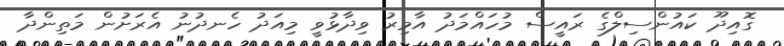
ގޮއިދޫ ކައުންސިލްގެ ރައީސް މުހައްމަދު އާމިރު ވިދާޅުވީ މިއަދު ހެނދުނު އެރަށުން މަތިންދާ